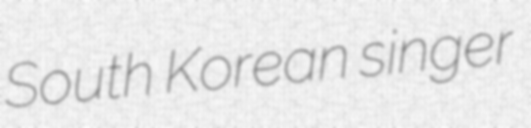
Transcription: South Korean singer